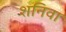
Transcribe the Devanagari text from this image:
शनिवा